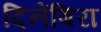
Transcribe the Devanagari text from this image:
दिनेंबिरा